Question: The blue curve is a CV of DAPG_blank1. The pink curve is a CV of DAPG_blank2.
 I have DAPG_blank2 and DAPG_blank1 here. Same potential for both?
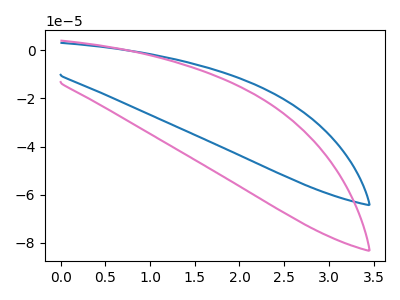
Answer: <think>The blue curve "DAPG_blank1" has no peaks. The pink curve "DAPG_blank2" has no peaks.
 Neither "DAPG_blank2" or "DAPG_blank1" have any peaks.</think>
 <answer>"DAPG_blank2" and "DAPG_blank1" are similar in shape.</answer>
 <eval>same_shape</eval>